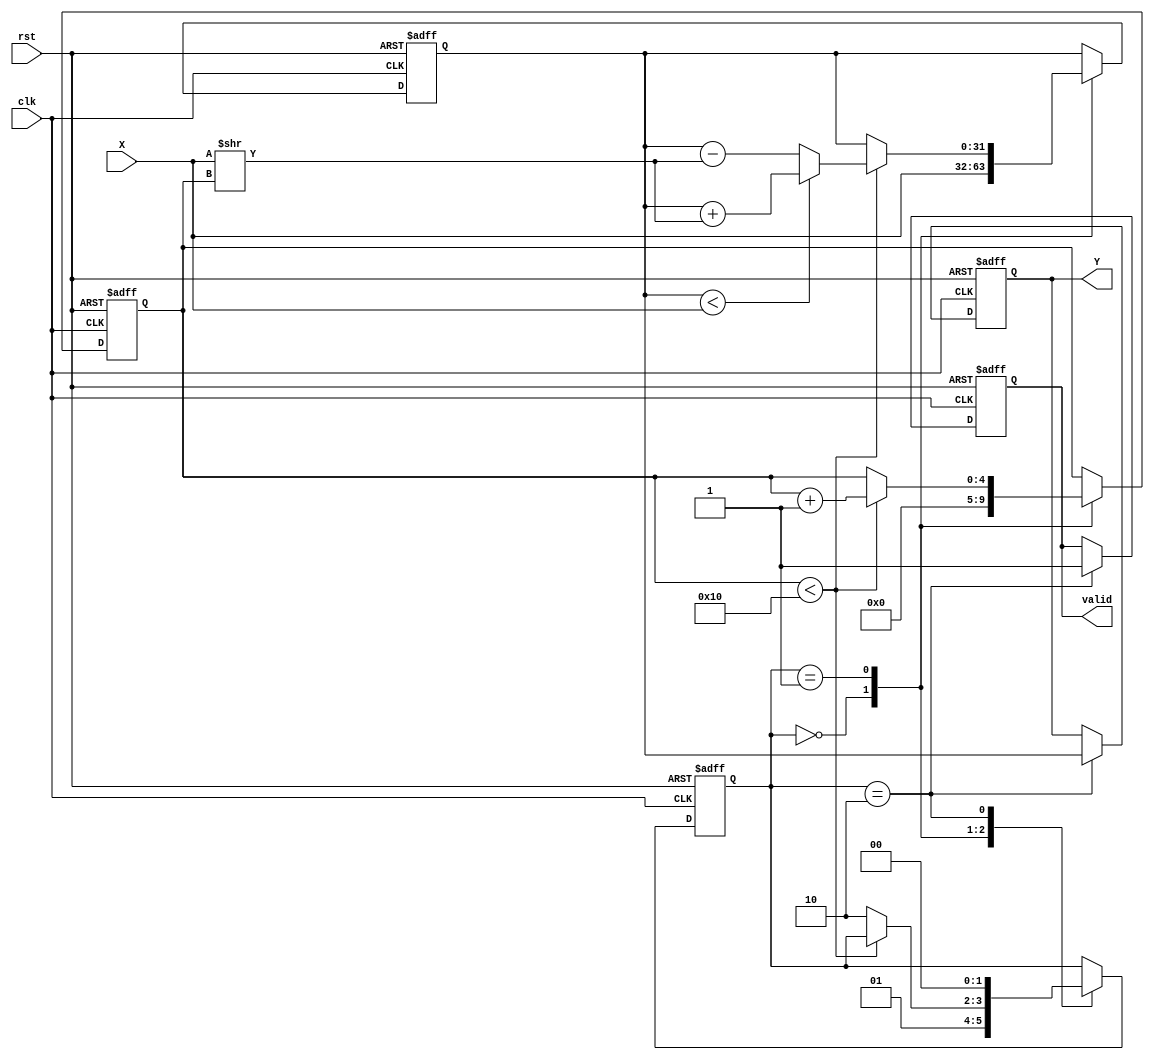
module cordic_sqrt (
    input wire clk,
    input wire rst,
    input wire [31:0] X,        // Input data (should be positive)
    output reg [31:0] Y,        // Square root result
    output reg valid            // Result valid signal
);

    parameter NUM_ITERATIONS = 16; // Number of CORDIC iterations

    reg [31:0] A;                 // Current approximation of the square root
    reg [31:0] Z;                 // Intermediate value
    reg [4:0] iteration_count;    // Iteration counter
    reg [1:0] state;              // State machine (0: Init, 1: Iteration, 2: Output)
    reg [31:0] atan_table [0:NUM_ITERATIONS-1]; // Lookup table for atan(2^-i)

    // CORDIC angle lookup table initialization (fixed-point representation)
    initial begin
        atan_table[0] = 32'h00000000;  // atan(1) = 0
        atan_table[1] = 32'h3F19999A;  // atan(2^-1)  0.463647609 (hex)
        atan_table[2] = 32'h3E8CFC6B;  // atan(2^-2)  0.244978663 (hex)
        // Additional precomputed values ...
        // Continue filling this lookup table until NUM_ITERATIONS
    end

    // State machine
    always @(posedge clk or posedge rst) begin
        if (rst) begin
            A <= 32'h00000000;  // Initialize A to 0
            Y <= 32'h00000000;  // Initialize output to 0
            valid <= 1'b0;      // Output valid is low
            iteration_count <= 0;
            state <= 0;         // Start in Init state
        end else begin
            case (state)
                0: begin  // Init State
                    // Load input value to A
                    A <= X;  // Assume X is positive
                    Z <= 0;  // Initial angle (0)
                    iteration_count <= 0;
                    state <= 1; // Move to Iteration state
                end
                
                1: begin  // Iteration State
                    if (iteration_count < NUM_ITERATIONS) begin
                        // Apply CORDIC rotation
                        if (A < X) begin
                            // Rotate right
                            A <= A + (X >> iteration_count); // A = A + (X / 2^iteration_count)
                            Z <= Z + atan_table[iteration_count]; 
                        end else begin
                            // Rotate left
                            A <= A - (X >> iteration_count); // A = A - (X / 2^iteration_count)
                            Z <= Z - atan_table[iteration_count];
                        end
                        iteration_count <= iteration_count + 1; // Increment counter
                    end else begin
                        state <= 2; // Move to Output state
                    end
                end

                2: begin  // Output State
                    Y <= A;          // Set output to final approximation
                    valid <= 1'b1;  // Set valid signal high
                    state <= 0;     // Reset to Init state for next calculation
                end
            endcase
        end
    end
endmodule